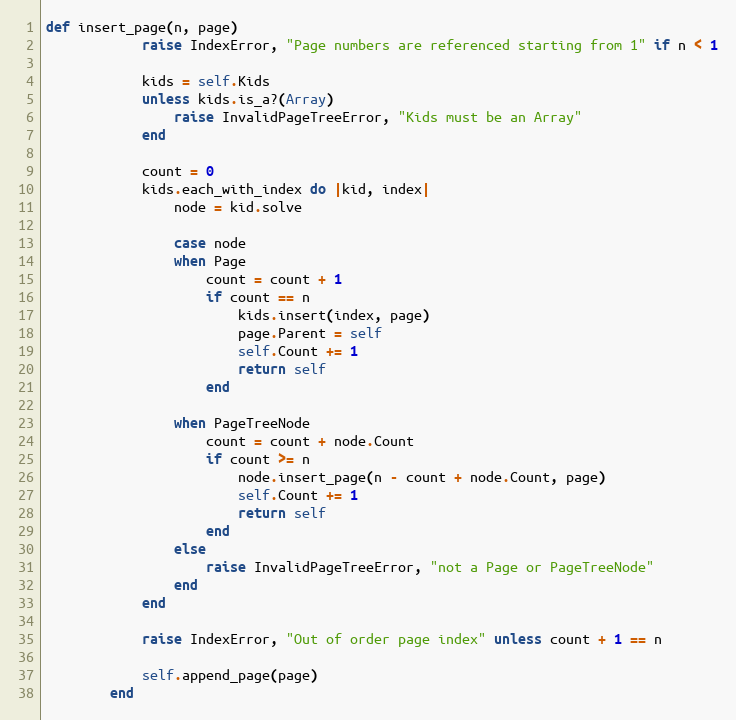
Language: Ruby
def insert_page(n, page)
            raise IndexError, "Page numbers are referenced starting from 1" if n < 1

            kids = self.Kids
            unless kids.is_a?(Array)
                raise InvalidPageTreeError, "Kids must be an Array"
            end

            count = 0
            kids.each_with_index do |kid, index|
                node = kid.solve

                case node
                when Page
                    count = count + 1
                    if count == n
                        kids.insert(index, page)
                        page.Parent = self
                        self.Count += 1
                        return self
                    end

                when PageTreeNode
                    count = count + node.Count
                    if count >= n
                        node.insert_page(n - count + node.Count, page)
                        self.Count += 1
                        return self
                    end
                else
                    raise InvalidPageTreeError, "not a Page or PageTreeNode"
                end
            end

            raise IndexError, "Out of order page index" unless count + 1 == n

            self.append_page(page)
        end